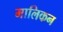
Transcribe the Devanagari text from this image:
मालिकन